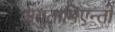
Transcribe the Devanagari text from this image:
अयुतामिएन्तो